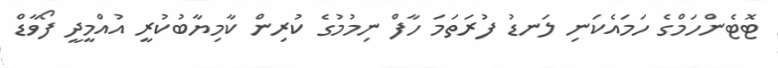
ޓޮޓެންހަމްގެ ހަމައެކަނި ލަނޑު ފުރަތަމަ ހާފް ނިމުމުގެ ކުރިން ކާމިޔާބުކުރީ އުއްމީދީ ފޯވާޑް